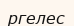
ргелес